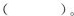
( )。